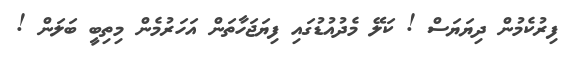
ފިރުކެމުން ދިޔަޔަސް ! ކަލޭ މެދުއުޑުގައި ފިޔަޖަހާތަން އަހަރުމެން މިތިބީ ބަލަން !